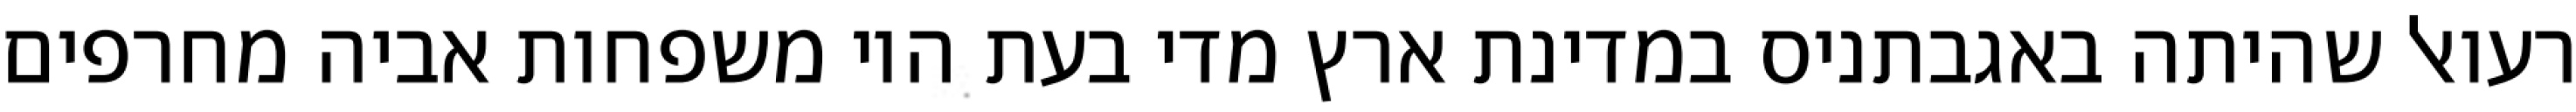
רעואל שהיתה באגבתניס במדינת ארץ מדי בעת היו משפחות אביה מחרפים